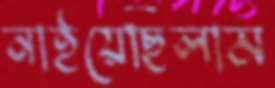
নাইয়েছিলাম